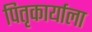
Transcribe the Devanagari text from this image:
पितृकार्याला